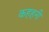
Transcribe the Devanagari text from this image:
कहहनी